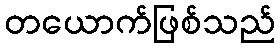
တယောက်ဖြစ်သည်